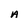
Character: A